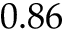
0 . 8 6